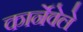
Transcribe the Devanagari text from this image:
कार्नेवेले